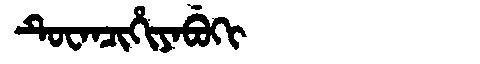
Manchu: ᡨᡠᠸᠠᠨᠴᡳᡥᡳᠶᠠᠪᡠᡴᡳ
Romanization: TUWANCIHIYABUKI